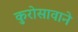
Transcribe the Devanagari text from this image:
कुरोसावाने